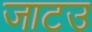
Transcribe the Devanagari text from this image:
जाटउ